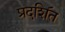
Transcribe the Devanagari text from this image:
प्रदशि॔त